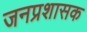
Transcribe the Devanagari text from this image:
जनप्रशासक